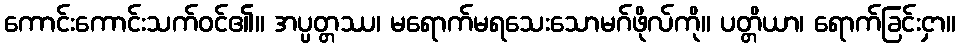
ကောင်းကောင်းသက်ဝင်၏။ အပ္ပတ္တဿ၊ မရောက်မရသေးသောမဂ်ဖိုလ်ကို။ ပတ္တိယာ၊ ရောက်ခြင်းငှာ။